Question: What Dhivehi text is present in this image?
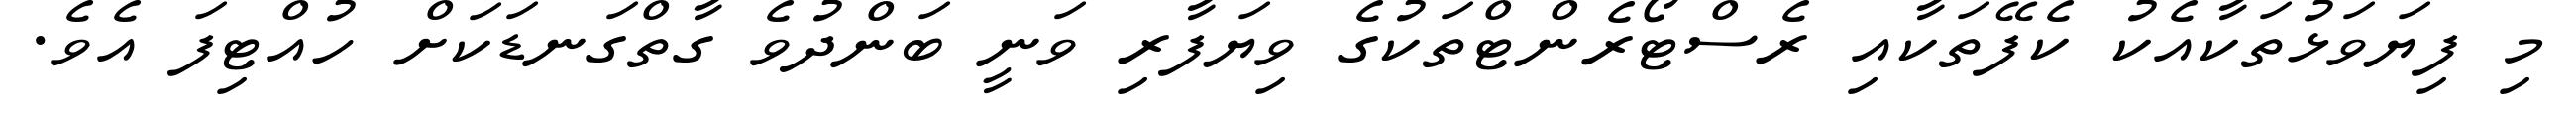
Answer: މި ފިޔަވަޅުތަކާއެކު ކެފޭތަކާއި ރެސްޓޯރެންޓްތަކުގެ ވިޔަފާރި ވަނީ ބަންދުވެ ގާތްގަނޑަކަށް ހުއްޓިފަ އެވެ.